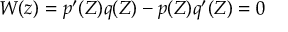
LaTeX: W ( z ) = p ^ { \prime } ( Z ) q ( Z ) - p ( Z ) q ^ { \prime } ( Z ) = 0